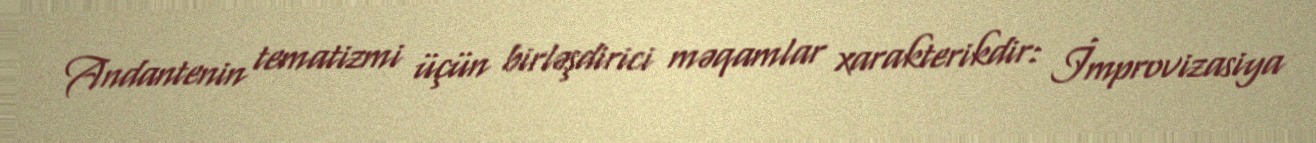
Andantenin tematizmi üçün birləşdirici məqamlar xarakterikdir: İmprovizasiya